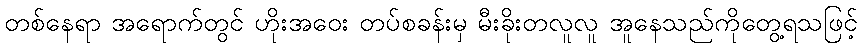
တစ်နေရာ အရောက်တွင် ဟိုးအဝေး တပ်စခန်းမှ မီးခိုးတလူလူ အူနေသည်ကိုတွေ့ရသဖြင့်